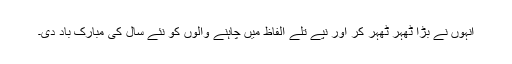
انہوں نے بڑا ٹھہر ٹھہر کر اور نپے تُلے الفاظ میں چاہنے والوں کو نئے سال کی مبارک باد دی۔